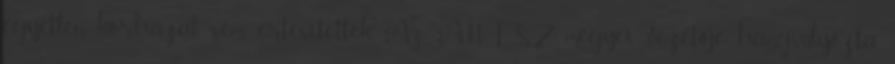
egyetlen kórházat sem értesítettek. Az ÁNTSZ megyei vezetője hangsúlyozta,